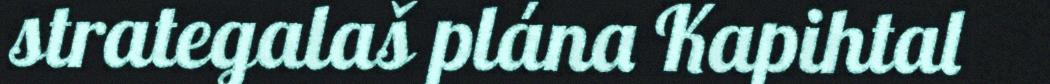
strategalaš plána Kapihtal